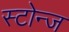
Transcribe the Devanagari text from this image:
स्टोन्ज